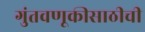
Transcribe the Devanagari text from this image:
गुंतवणूकीसाठीची